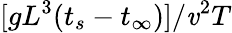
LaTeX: [gL^{3}(t_{s}-t_{\infty})]/\mathit{v}^{2}T